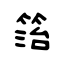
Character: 箈